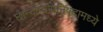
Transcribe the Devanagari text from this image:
छान्दोग्योपनिषदामध्ये